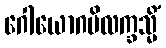
ဂေါယောဂမိလက္ခသ္မိံ